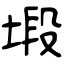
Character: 塅